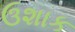
ઉશાક